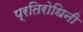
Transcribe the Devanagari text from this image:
प्रतिरोधिनी